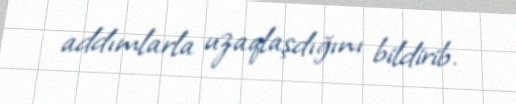
addımlarla uzaqlaşdığını bildirib.